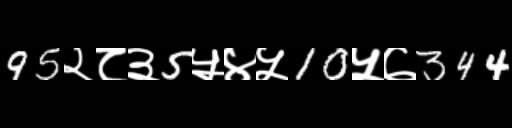
Text: 95२८३5५४५10५७344